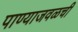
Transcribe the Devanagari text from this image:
पाण्याजवळची